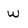
Character: W